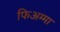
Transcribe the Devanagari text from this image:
फिअम्मा